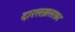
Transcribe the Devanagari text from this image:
दारलख़लाफ़ा